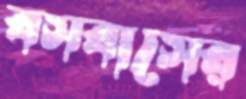
বসবাসের